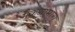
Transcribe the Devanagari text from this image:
मैकनामारा